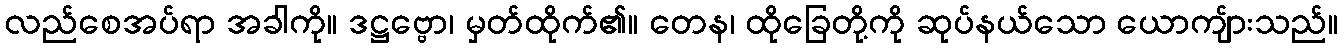
လည်စေအပ်ရာ အခါကို။ ဒဋ္ဌဗ္ဗော၊ မှတ်ထိုက်၏။ တေန၊ ထိုခြေတို့ကို ဆုပ်နယ်သော ယောကျ်ားသည်။